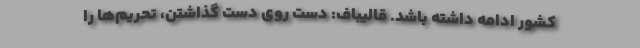
کشور ادامه داشته باشد. قالیباف: دست‌ روی‌ دست گذاشتن، تحریم‌ها را